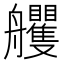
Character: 𦫇